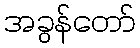
အခွန်တော်